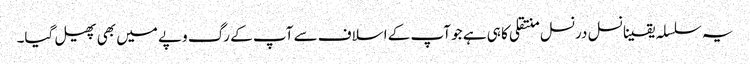
یہ سلسلہ یقینا نسل درنسل منتقلی کا ہی ہے جو آپ کے اسلاف سے آپ کے رگ وپے میں بھی پھیل گیا۔